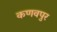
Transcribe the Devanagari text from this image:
कणवपुर